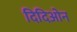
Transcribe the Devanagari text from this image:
दिदिओन